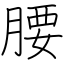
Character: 腰